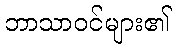
ဘာသာဝင်များ၏